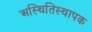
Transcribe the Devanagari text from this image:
अस्थितिस्थापक